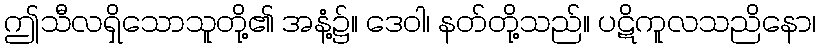
ဤသီလရှိသောသူတို့၏ အနံ့၌။ ဒေဝါ၊ နတ်တို့သည်။ ပဋိကူလသညိနော၊